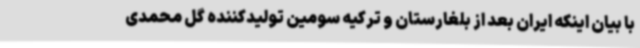
با بیان اینکه ایران بعد از بلغارستان و ترکیه سومین تولیدکننده گل محمدی